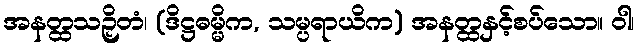
အနတ္ထသဉှိတံ၊ (ဒိဋ္ဌဓမ္မိက, သမ္ပရာယိက) အနတ္ထနှင့်စပ်သော။ ဝါ၊